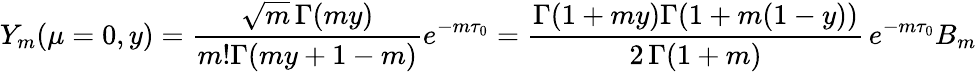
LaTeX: Y_{m}(\mu=0,y)=\frac{\sqrt{m}\, \Gamma(my)}{m!\Gamma(my+1-m)}e^{-m\tau_{0}}=\frac{\Gamma(1+my)\Gamma(1+m(1-y))}{2\, \Gamma(1+m)}\, e^{-m\tau_{0}}B_{m}